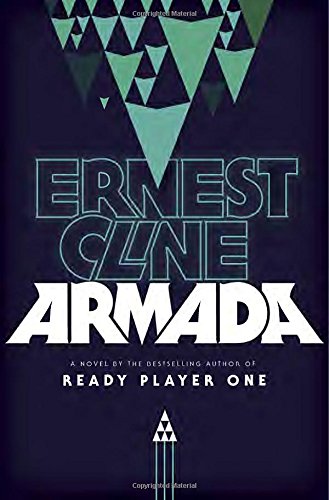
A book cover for Armada: A Novel; Ernest Cline; Mystery, Thriller & Suspense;